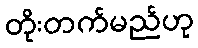
တိုးတက်မည်ဟု